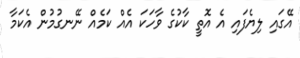
އޭގައި ލިޔެފައި އެ އޮތީ ކާކުގެ ވާހަކަ އެއް ކަމެއް ނޭނގުމުން އެކަމާ